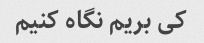
کی بریم نگاه کنیم